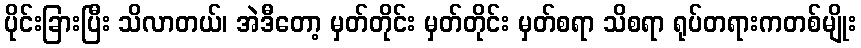
ပိုင်းခြားပြီး သိလာတယ်၊ အဲဒီတော့ မှတ်တိုင်း မှတ်တိုင်း မှတ်စရာ သိစရာ ရုပ်တရားကတစ်မျိုး